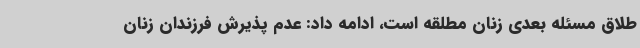
طلاق مسئله بعدی زنان مطلقه است، ادامه داد: عدم پذیرش فرزندان زنان